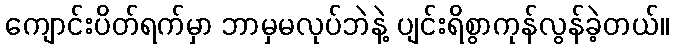
ကျောင်းပိတ်ရက်မှာ ဘာမှမလုပ်ဘဲနဲ့ ပျင်းရိစွာကုန်လွန်ခဲ့တယ်။